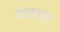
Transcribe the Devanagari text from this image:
कतरास